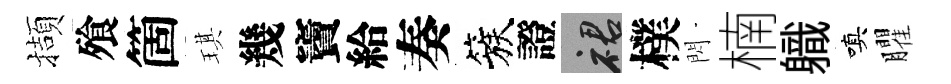
擷飱箇琪幾竇給奏簇證裙樸閃楠軄嗔臞